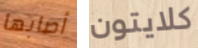
أصابها كلايتون